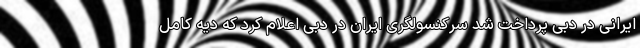
ایرانی در دبی پرداخت شد سرکنسولگری ایران در دبی اعلام کرد که دیه کامل